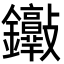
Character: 𨰮